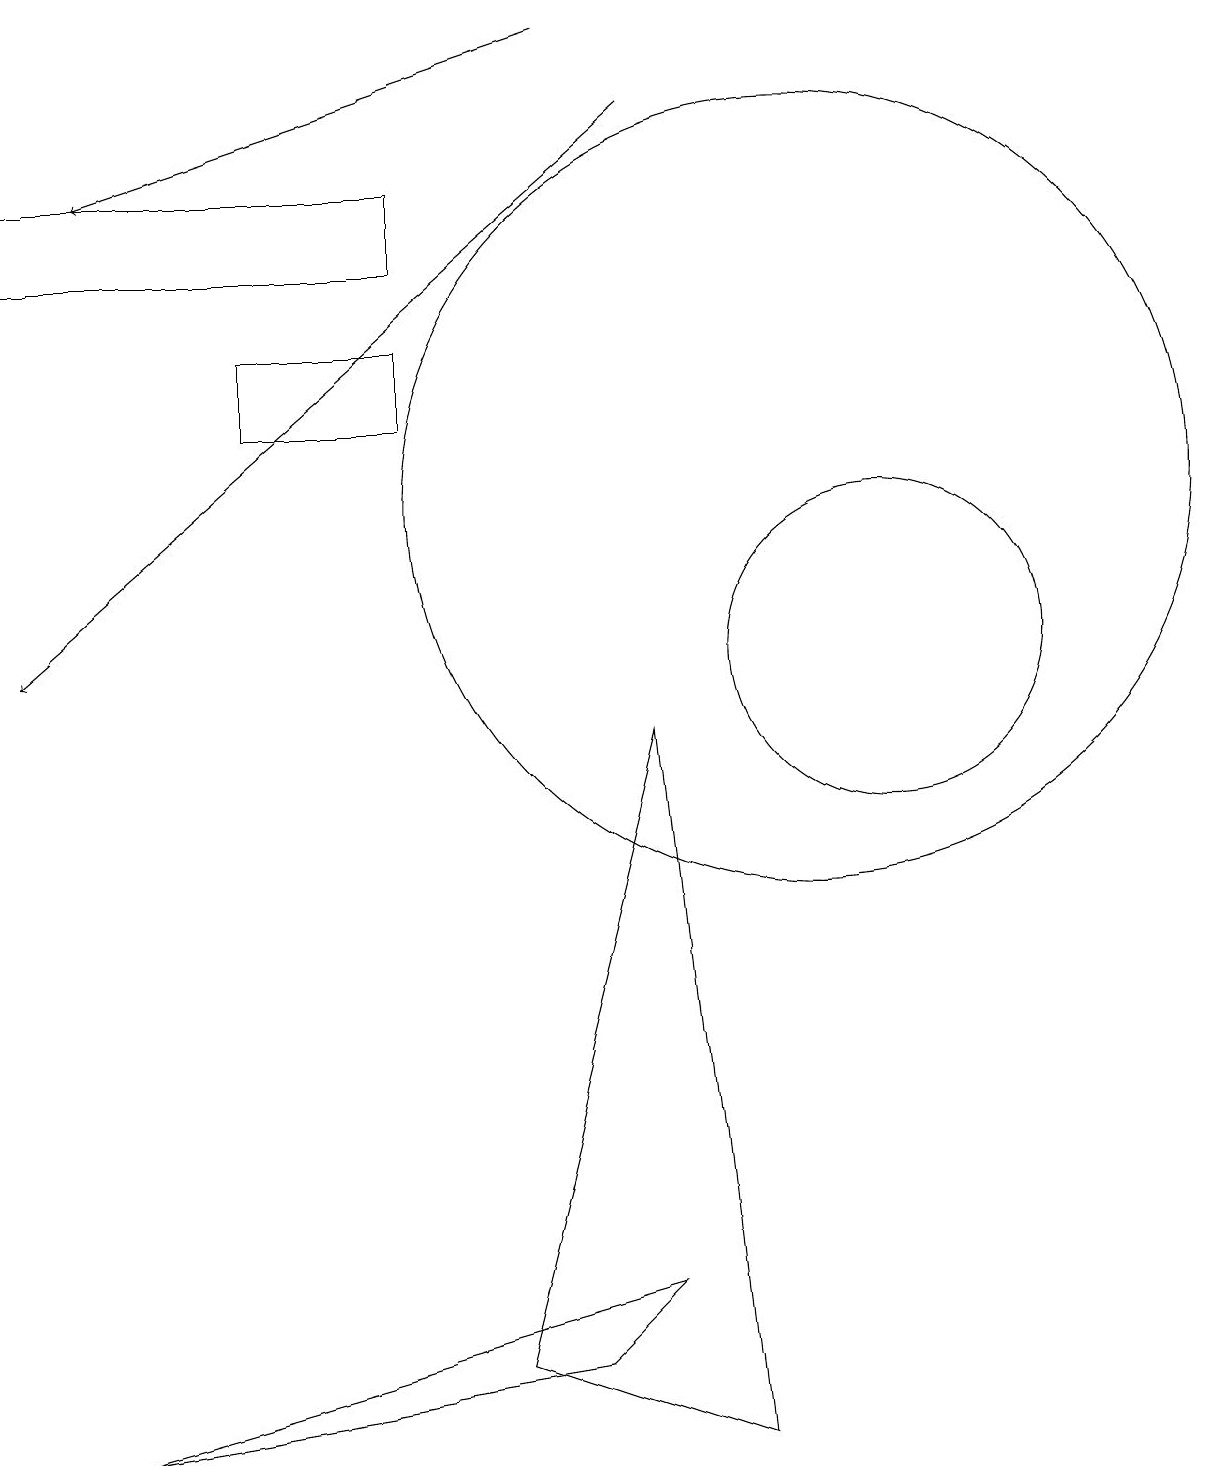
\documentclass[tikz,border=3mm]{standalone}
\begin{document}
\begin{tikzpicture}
\draw (0,15) rectangle (5,16);
\draw (3,14) rectangle (5,13);
\draw[->] (8,17) -- (0,10);
\draw (6,1) -- (8,9) -- (9,0) -- cycle;
\draw[->] (7,18) -- (1,16);
\draw (1,0) -- (7,1) -- (8,2) -- cycle;
\draw (10,12) circle (5);
\draw (11,10) circle (2);
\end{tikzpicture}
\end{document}